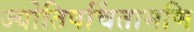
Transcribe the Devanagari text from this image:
ज्योतिषचिंतामणि